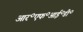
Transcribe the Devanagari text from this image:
आर॰एफ॰आई॰डी॰